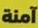
آمنة